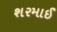
શરમાઈ